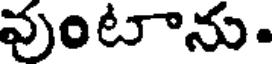
వుంటాను.